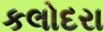
કલોદરા